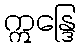
ဣန္ဒြေ